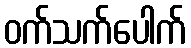
ဝက်သက်ပေါက်